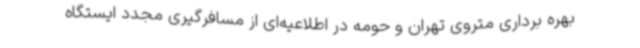
بهره برداری متروی تهران و حومه در اطلاعیه‌ای از مسافرگیری مجدد ایستگاه